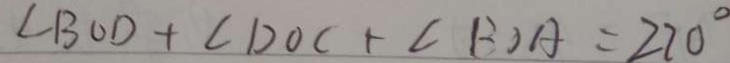
\angle B O D + \angle D O C + \angle B O A = 2 7 0 ^ { \circ }